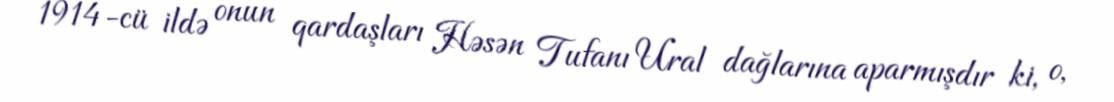
1914-cü ildə onun qardaşları Həsən Tufanı Ural dağlarına aparmışdır ki, o,